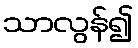
သာလွန်၍